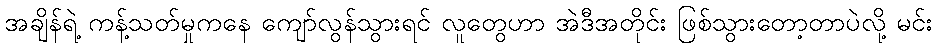
အချိန်ရဲ့ ကန့်သတ်မှုကနေ ကျော်လွန်သွားရင် လူတွေဟာ အဲဒီအတိုင်း ဖြစ်သွားတော့တာပဲလို့ မင်း